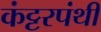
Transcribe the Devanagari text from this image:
कंट्टरपंथी